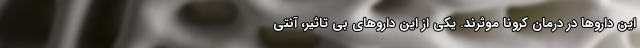
این داروها در درمان کرونا موثرند. یکی از این داروهای بی تاثیر، آنتی